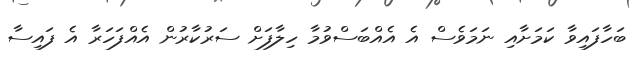
ބަހާފައިވާ ކަމަށާއި ނަމަވެސް އެ އެއްބަސްވުމާ ހިލާފަށް ސަރުކާރުން އެއްފަހަރާ އެ ފައިސާ